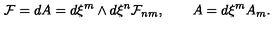
{ \cal F } = d A = d \xi ^ { m } \wedge d \xi ^ { n } { \cal F } _ { n m } , \qquad A = d \xi ^ { m } A _ { m } .